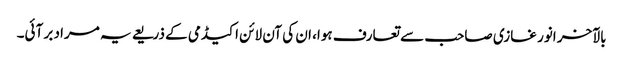
بالآخر انور غازی صاحب سے تعارف ہوا، ان کی آن لائن اکیڈمی کے ذریعے یہ مراد بر آئی۔